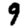
Digit: 9